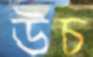
উচ